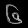
Digit: ၆